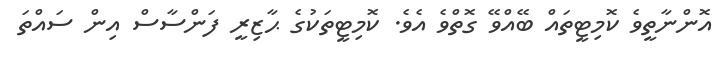
އޮންނާތީވެ ކޮމިޓީތައް ބޭއްވޭ ގޮތްވެ އެވެ. ކޮމިޓީތަކުގެ ޙާޒިރީ ފަންސާސް އިން ސައްތަ